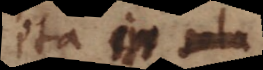
Ita ex sola